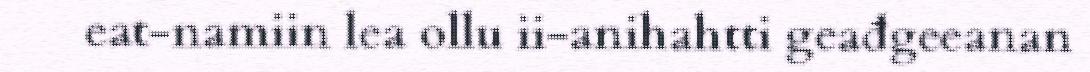
eat-namiin lea ollu ii-anihahtti geađgeeanan